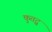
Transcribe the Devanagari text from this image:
कुतद्गु